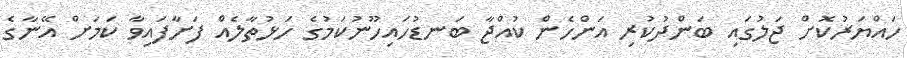
ހައްޔަރުކޮށް ޖަލުގައި ބަންދުކުރި އަންހެން ކުއްޖާ ބަނޑުހައިހޫނުކަމުގެ ހަޅުތާލެއް ފަށާފައިވާ ކަމަށް އޭނާގެ